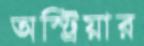
অস্ট্রিয়ার